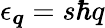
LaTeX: \epsilon_{\boldsymbol{q}}=s\hbar q